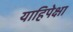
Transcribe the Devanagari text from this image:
याहिपेक्षा